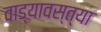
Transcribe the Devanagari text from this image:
वाड्यावस्त्या